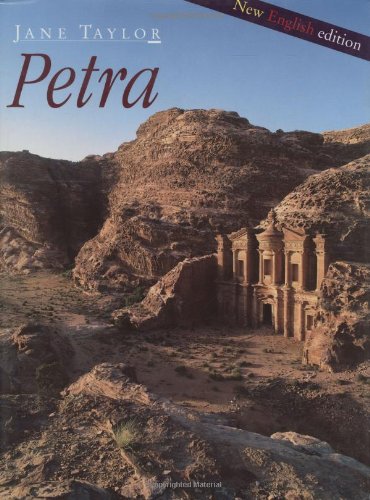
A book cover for Petra; Jane Taylor; Travel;